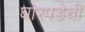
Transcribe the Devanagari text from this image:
घोरपडेची